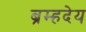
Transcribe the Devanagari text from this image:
ब्रम्हदेय